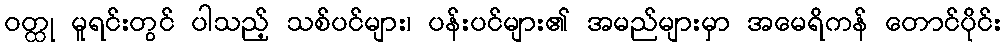
ဝတ္ထု မူရင်းတွင် ပါသည့် သစ်ပင်များ၊ ပန်းပင်များ၏ အမည်များမှာ အမေရိကန် တောင်ပိုင်း